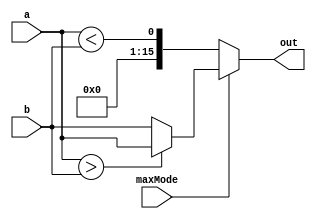
module greaterThan(
input maxMode,
input [15:0] a, b,
output [15:0] out
);

reg [15:0] compareOut;
wire signed [15:0] signed_a, signed_b;

assign signed_a = a;
assign signed_b = b;

assign out = maxMode ? compareOut : {15'b0, a < b};

always@* begin
    if(signed_a > signed_b) begin
        compareOut <= a;
    end else begin
        compareOut <= b;
    end
end

endmodule